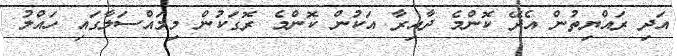
އަދި ރައްޔިތުން އެދޭ ކޮންމެ ދާއިރާ އަކުން ކޮންމެ ރޮގަކުން މިމައްސަލާގައި ހައްލު